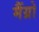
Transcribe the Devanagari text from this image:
मैंग्रो